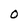
Character: O